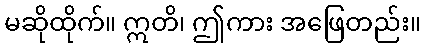
မဆိုထိုက်။ ဣတိ၊ ဤကား အဖြေတည်း။